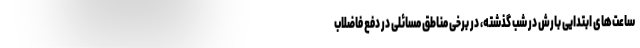
ساعت‌های ابتدایی بارش در شب گذشته، در برخی مناطق مسائلی در دفع فاضلاب